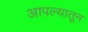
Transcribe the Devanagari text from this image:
आपल्यातून